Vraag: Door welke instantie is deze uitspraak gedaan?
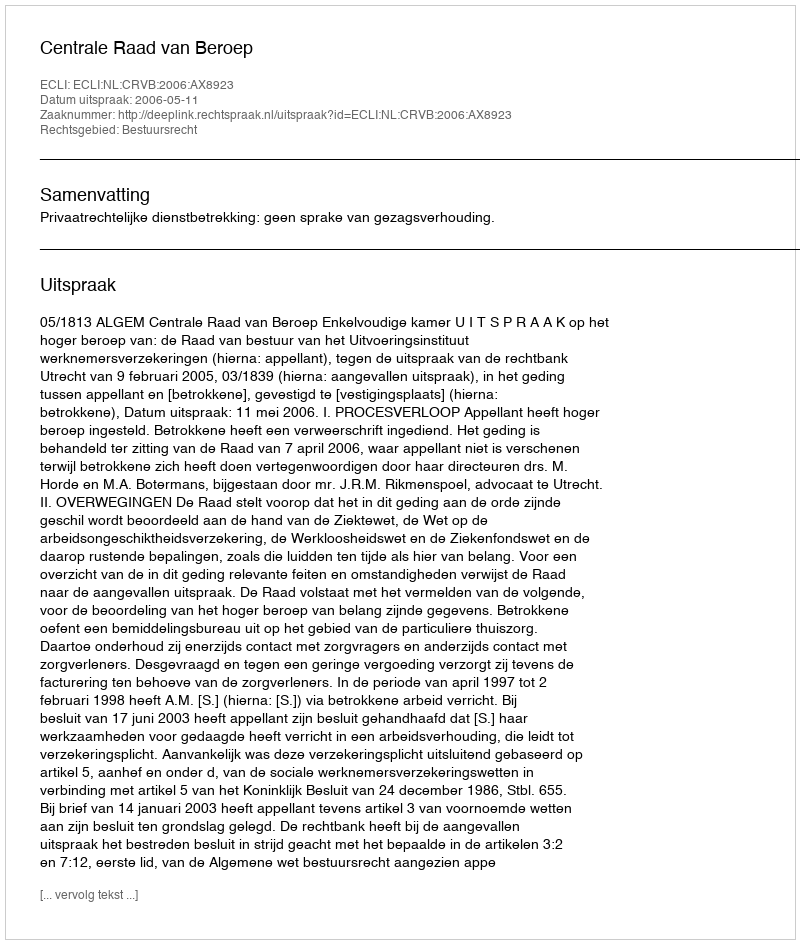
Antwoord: Centrale Raad van Beroep